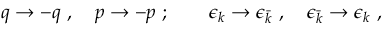
q \rightarrow - q \ , \quad p \rightarrow - p \ ; \qquad \epsilon _ { k } \rightarrow \epsilon _ { \bar { k } } \ , \quad \epsilon _ { \bar { k } } \rightarrow \epsilon _ { k } \ ,